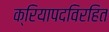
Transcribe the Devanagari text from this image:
क्रियापदविरहित